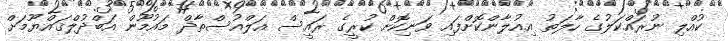
ކުއްލި ނުރައްކަލުގެ ހާލަތު އިއުލާންކޮށްފައި ވަނިކޮށް ކުރީގެ ރައީސް އަލްއުސްތާޛް މައުމޫން އަބްދުލްޤައްޔޫމަށް